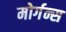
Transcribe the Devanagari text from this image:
मोर्गन्स